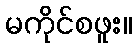
မကိုင်စဖူး။